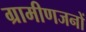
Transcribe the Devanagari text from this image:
ग्रामीणजनों